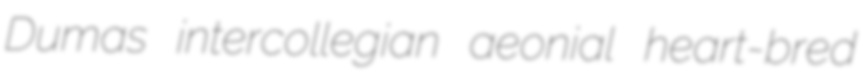
Dumas intercollegian aeonial heart-bred